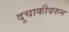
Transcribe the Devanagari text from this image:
दुचाकीवरुन